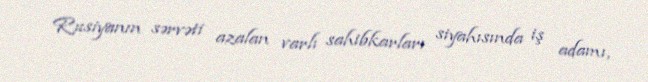
Rusiyanın sərvəti azalan varlı sahibkarları siyahısında iş adamı,